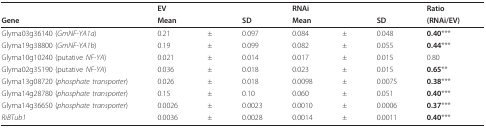
<table><thead><tr><td></td><td colspan="3"><b>EV</b></td><td colspan="3"><b>RNAi</b></td><td><b>Ratio</b></td></tr><tr><td><b>Gene</b></td><td><b>Mean</b></td><td></td><td><b>SD</b></td><td><b>Mean</b></td><td></td><td><b>SD</b></td><td><b>(RNAi/EV)</b></td></tr></thead><tbody><tr><td>Glyma03g36140 (<i>GmNF-YA1a</i>)</td><td>0.21</td><td>±</td><td>0.097</td><td>0.084</td><td>±</td><td>0.048</td><td><b>0.40</b>***</td></tr><tr><td>Glyma19g38800 (<i>GmNF-YA1b</i>)</td><td>0.19</td><td>±</td><td>0.099</td><td>0.082</td><td>±</td><td>0.055</td><td><b>0.44</b>***</td></tr><tr><td>Glyma10g10240 (putative <i>NF-YA</i>)</td><td>0.021</td><td>±</td><td>0.014</td><td>0.017</td><td>±</td><td>0.015</td><td>0.80</td></tr><tr><td>Glyma02g35190 (putative <i>NF-YA</i>)</td><td>0.036</td><td>±</td><td>0.018</td><td>0.023</td><td>±</td><td>0.015</td><td><b>0.65</b>**</td></tr><tr><td>Glyma13g08720 (<i>phosphate transporter</i>)</td><td>0.026</td><td>±</td><td>0.018</td><td>0.0098</td><td>±</td><td>0.0075</td><td><b>0.38</b>***</td></tr><tr><td>Glyma14g28780 (<i>phosphate transporter</i>)</td><td>0.15</td><td>±</td><td>0.10</td><td>0.060</td><td>±</td><td>0.051</td><td><b>0.40</b>***</td></tr><tr><td>Glyma14g36650 (<i>phosphate transporter</i>)</td><td>0.0026</td><td>±</td><td>0.0023</td><td>0.0010</td><td>±</td><td>0.0006</td><td><b>0.37</b>***</td></tr><tr><td><i>RiBTub1</i></td><td>0.0036</td><td>±</td><td>0.0028</td><td>0.0014</td><td>±</td><td>0.0011</td><td><b>0.40</b>***</td></tr></tbody></table>